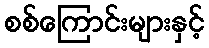
စစ်ကြောင်းများနှင့်